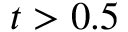
t > 0 . 5